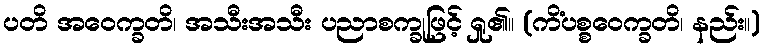
ပတိ အဝေက္ခတိ၊ အသီးအသီး ပညာစက္ခုဖြင့် ရှု၏။ (ကိံပစ္စဝေက္ခတိ၊ နည်း။)